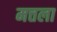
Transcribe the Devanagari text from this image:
मत्तला